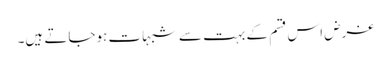
غرض اس قسم کے بہت سے شبہات ہوجاتے ہیں۔